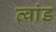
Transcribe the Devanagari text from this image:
त्वांड